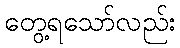
တွေ့ရသော်လည်း